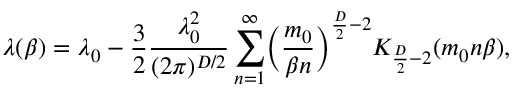
\lambda ( \beta ) = \lambda _ { 0 } - \frac { 3 } { 2 } \frac { \lambda _ { 0 } ^ { 2 } } { ( 2 \pi ) ^ { D / 2 } } \sum _ { n = 1 } ^ { \infty } \biggl ( \frac { m _ { 0 } } { \beta n } \biggr ) ^ { \frac { D } { 2 } - 2 } K _ { \frac { D } { 2 } - 2 } ( m _ { 0 } n \beta ) ,